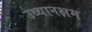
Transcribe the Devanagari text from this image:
उथ्थानक्षम